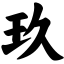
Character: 玖